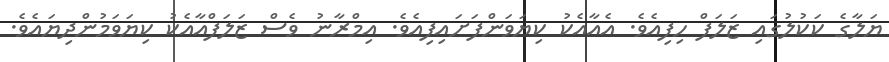
ޔަލާގެ ކަކުލުގައި ޒަލަފް ހިފިއެވެ. އެއާއެކު ކިޔަވަންފަށައިފިއެވެ. އިމްރާނު ވެސް ޒަލަފްއާއެކު ކިޔަވަމުންދިޔައެވެ.